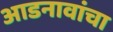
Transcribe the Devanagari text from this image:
आडनावांचा